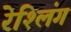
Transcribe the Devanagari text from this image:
रेश्लिंग